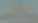
بصبر